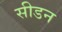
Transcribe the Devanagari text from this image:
सीडन